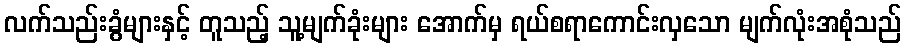
လက်သည်းခွံများနှင့် တူသည့် သူ့မျက်ခုံးများ အောက်မှ ရယ်စရာကောင်းလှသော မျက်လုံးအစုံသည်